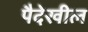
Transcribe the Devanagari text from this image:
पैदेखील